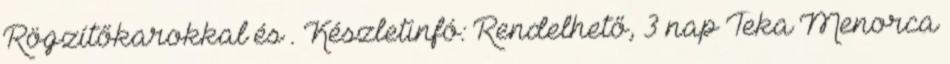
Rögzítőkarokkal és . Készletinfó: Rendelhető, 3 nap Teka Menorca